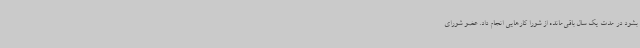
بشود در مدت یک سال باقی‌مانده از شورا کارهایی انجام داد. عضو شورای